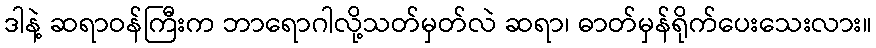
ဒါနဲ့ ဆရာဝန်ကြီးက ဘာရောဂါလို့သတ်မှတ်လဲ ဆရာ၊ ဓာတ်မှန်ရိုက်ပေးသေးလား။